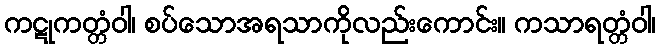
ကဋုကတ္တံဝါ၊ စပ်သောအရသာကိုလည်းကောင်း။ ကသာရတ္တံဝါ၊